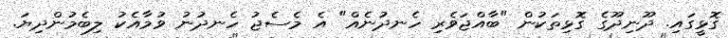
ގޮޅީގައި. ދޫނިދޫގެ ގޮޅިތަކުން "ބާއްޖަވެރި ހެނދުނެއް" އެ މެސެޖު ހެނދުނު ވުމާއެކު ލިބެމުންދިޔަ.